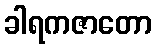
ခါရကဇာတော